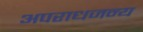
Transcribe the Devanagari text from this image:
अपराधजन्य